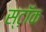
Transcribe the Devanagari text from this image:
स्ट़ॉक